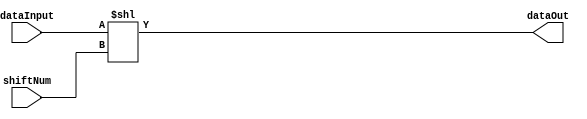
`timescale 1ns/10ps

module ShiftLeft(
	input wire [31:0] dataInput,
    input wire [31:0] shiftNum,
    output wire [31:0] dataOut
    
);
	assign dataOut[31:0] = dataInput << shiftNum;
    
endmodule